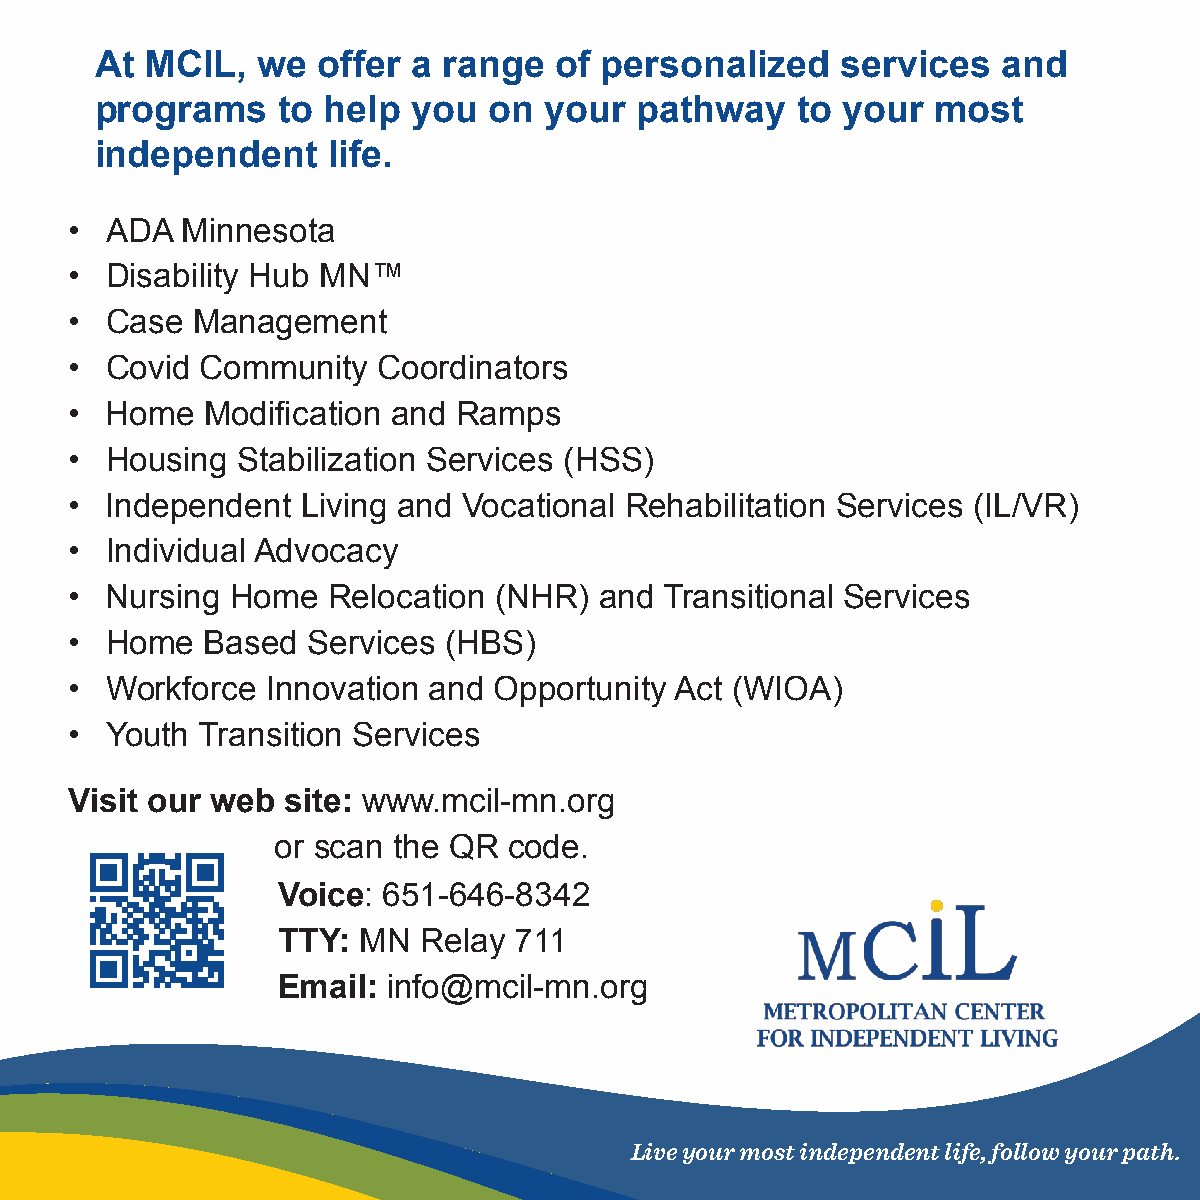
At  MCIL,  we  offer a range   of personalized    services  and
 programs    to help  you  on  your  pathway    to your  most
 independent     life.
 • ADA  Minnesota
 • Disability Hub MN™
 • Case  Management
 • Covid Community   Coordinators
 • Home   Modification and Ramps
 • Housing  Stabilization Services (HSS)
 • Independent  Living and Vocational Rehabilitation Services (IL/VR)
 • Individual Advocacy
 • Nursing Home   Relocation (NHR)  and Transitional Services
 • Home   Based Services (HBS)
 • Workforce  Innovation and Opportunity Act (WIOA)
 • Youth Transition Services
 Visit our web site: www.mcil-mn.org
 or scan the QR  code.
 Voice: 651-646-8342
 TTY:  MN  Relay 711
 Email:  info@mcil-mn.org
 Live your most independent life, follow your path.